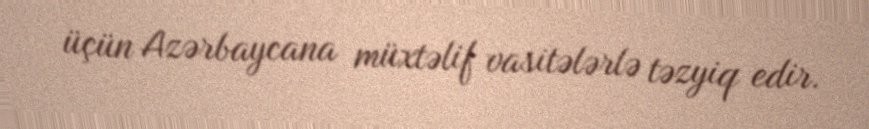
üçün Azərbaycana müxtəlif vasitələrlə təzyiq edir.